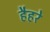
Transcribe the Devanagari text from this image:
हैहरे